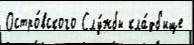
Остро́вского Слу́жбы кла́дб'ище